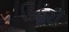
કિકરી